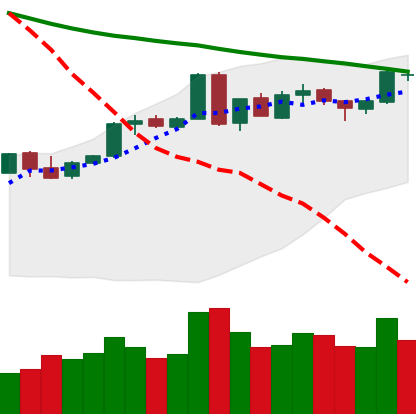
Ticker: BTC-USD
Chart end date: 2018-05-04
Forward return: -3.872%
Label: down_3_5